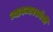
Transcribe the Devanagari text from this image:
न्यायव्यवस्थेची